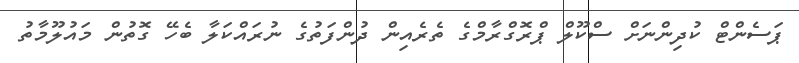
ޕަސެންޓް ކުދިންނަށް ސްކޫލް ޕްރޮގްރާމްގެ ތެރެއިން ދުންފަތުގެ ނުރައްކަލާ ބެހޭ ގޮތުން މައުލޫމާތު